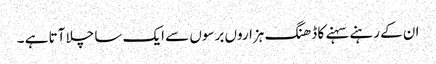
ان کے رہنے سہنے کا ڈھنگ ہزاروں برسوں سے ایک سا چلا آتا ہے ۔